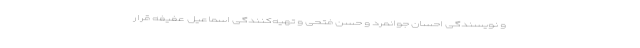
و نویسندگی احسان جوانمرد و حسن فتحی و تهیه‌کنندگی اسماعیل عفیفه قرار